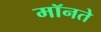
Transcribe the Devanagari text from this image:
मॉनते